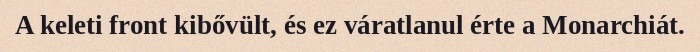
A keleti front kibővült, és ez váratlanul érte a Monarchiát.